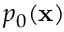
p _ { 0 } ( \mathbf { x } )